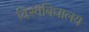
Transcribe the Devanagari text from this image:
विस्वबिधालय